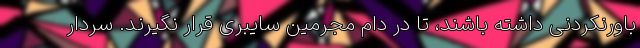
باورنکردنی داشته باشند، تا در دام مجرمین سایبری قرار نگیرند. سردار